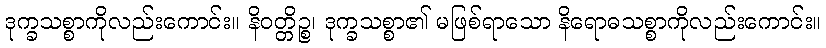
ဒုက္ခသစ္စာကိုလည်းကောင်း။ နိဝတ္တိဉ္စ၊ ဒုက္ခသစ္စာ၏ မဖြစ်ရာသော နိရောဓသစ္စာကိုလည်းကောင်း။